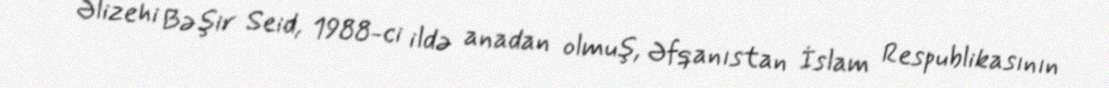
Əlizehi Bəşir Seid, 1988-ci ildə anadan olmuş, Əfqanıstan İslam Respublikasının